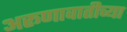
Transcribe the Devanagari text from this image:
अरूणावातीच्या